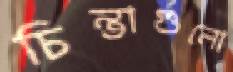
চিন্তাগুলো